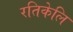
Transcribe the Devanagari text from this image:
रतिकेलि